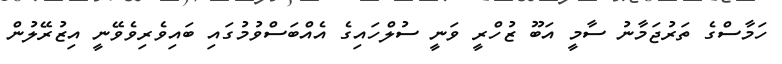
ހަމާސްގެ ތަރުޖަމާނު ސާމީ އަބޫ ޒުހްރީ ވަނީ ސުލްހައިގެ އެއްބަސްވުމުގައި ބައިވެރިވެވޭނީ އިޒުރޭލުން